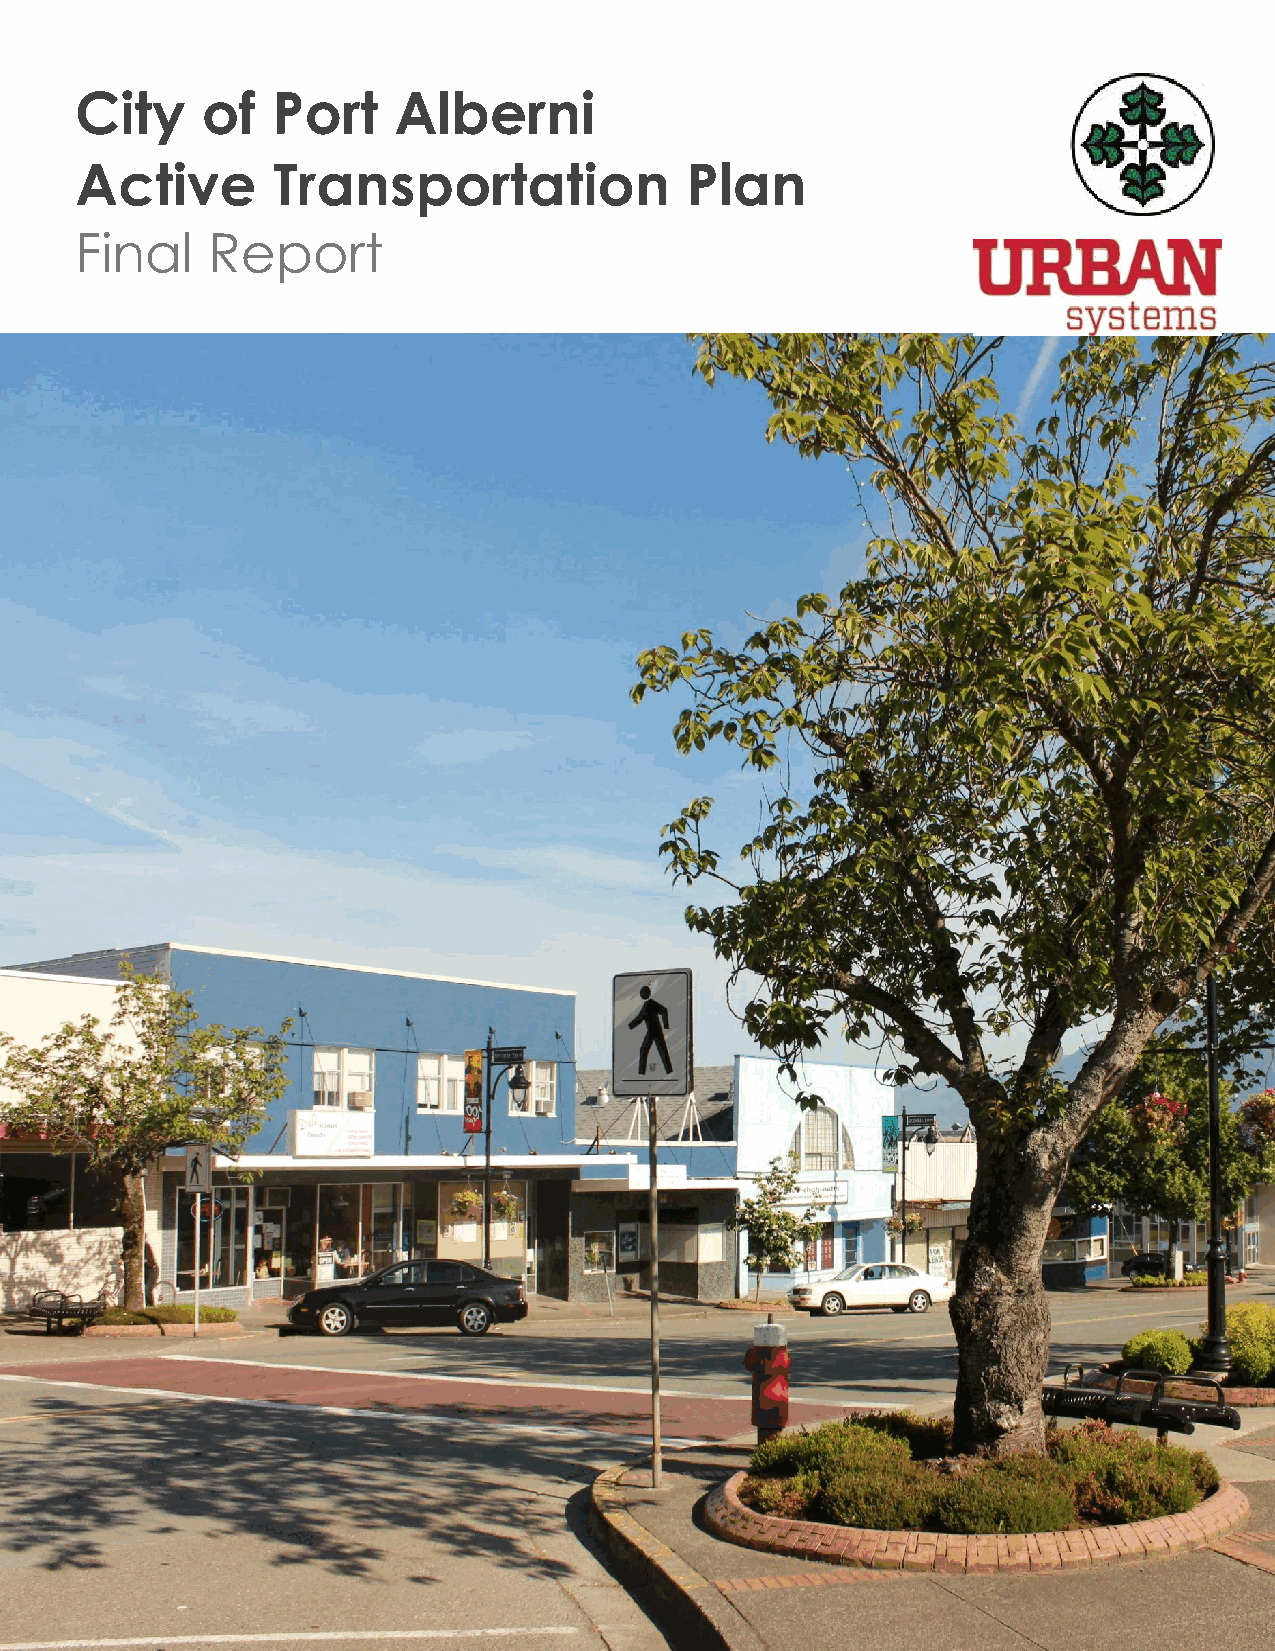
City    of   Port    Alberni
 Active       Transportation             Plan
 Final    Report